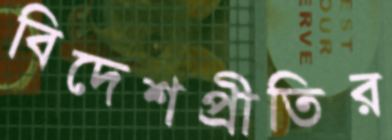
বিদেশপ্রীতির